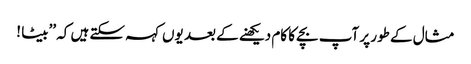
مثال کے طور پر آپ بچے کا کام دیکھنے کے بعد یوں کہہ سکتے ہیں کہ ’’بیٹا !